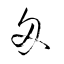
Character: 匁